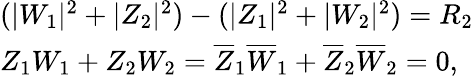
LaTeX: \begin{array}{lcr}{{(|W_{1}|^{2}+|Z_{2}|^{2})-(|Z_{1}|^{2}+|W_{2}|^{2})=R_{2}}}\\ {{Z_{1}W_{1}+Z_{2}W_{2}=\overline{{{Z}}}_{1}\overline{{{W}}}_{1}+\overline{{{Z}}}_{2}\overline{{{W}}}_{2}=0,}}\end{array}